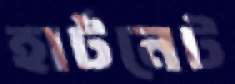
হার্টনেট